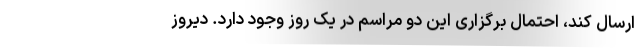
ارسال کند، احتمال برگزاری این دو مراسم در یک روز وجود دارد. دیروز